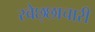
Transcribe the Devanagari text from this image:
स्वेछ्छाचारी